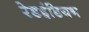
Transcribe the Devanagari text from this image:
रेडइंडियन